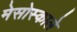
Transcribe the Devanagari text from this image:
मेसोस्काले